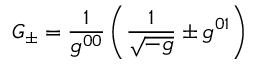
{ \cal G _ { \pm } } = { \frac { 1 } { g ^ { 0 0 } } } \left( { \frac { 1 } { \sqrt { - g } } } \pm g ^ { 0 1 } \right)